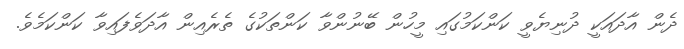
ދެން އާދައަކީ ދުނިޔެވީ ކަންކަމުގައި މީހުން ބޭނުންވާ ކަންތަކުގެ ތެރެއިން އާދަވެފައިވާ ކަންކަމެވެ.